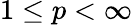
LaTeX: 1\leq p<\infty